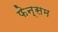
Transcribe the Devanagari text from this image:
फेन्सम